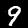
Label: 9